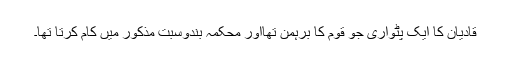
قادیان کا ایک پٹواری جو قوم کا برہمن تھااور محکمہ بندوسبت مذکور میں کام کرتا تھا۔